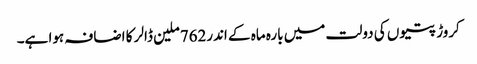
کروڑ پتیوں کی دولت میں بارہ ماہ کے اندر762ملین ڈالر کا اضافہ ہوا ہے۔